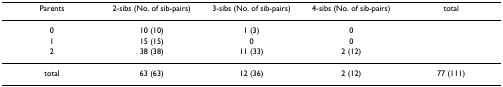
| Parents | 2-sibs (No. of sib-pairs) | 3-sibs (No. of sib-pairs) | 4-sibs (No. of sib-pairs) | total |
 | --- | --- | --- | --- | --- |
 | 0 | 10 (10) | 1 (3) | 0 |  |
 | 1 | 15 (15) | 0 | 0 |  |
 | 2 | 38 (38) | 11 (33) | 2 (12) |  |
 | total | 63 (63) | 12 (36) | 2 (12) | 77 (111) |